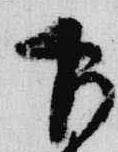
下